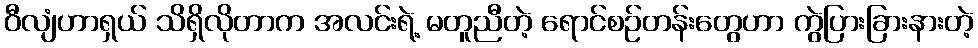
ဝီလျံဟာရှယ် သိရှိလိုတာက အလင်းရဲ့ မတူညီတဲ့ ရောင်စဉ်တန်းတွေဟာ ကွဲပြားခြားနားတဲ့